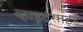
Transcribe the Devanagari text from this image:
व्हाइटसाइड